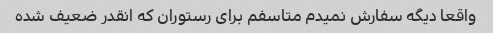
واقعا دیگه سفارش نمیدم متاسفم برای رستوران که انقدر ضعیف شده